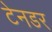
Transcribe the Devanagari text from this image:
टेनडर